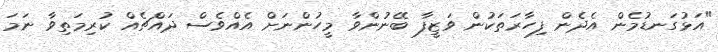
"އަޅުގަނޑުމެން އެދެން ފިހާރަތަކުން ވަޒީފާ ބޭނުންވާ މީހުންނަށް އެއްވެސް ދައްޗެއް ކުރިމަތިވާ ނަމަ